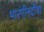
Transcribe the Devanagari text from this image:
भारंगीनदीचा